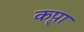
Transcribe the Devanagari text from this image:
कॄपा